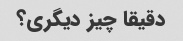
دقیقا چیز دیگری؟